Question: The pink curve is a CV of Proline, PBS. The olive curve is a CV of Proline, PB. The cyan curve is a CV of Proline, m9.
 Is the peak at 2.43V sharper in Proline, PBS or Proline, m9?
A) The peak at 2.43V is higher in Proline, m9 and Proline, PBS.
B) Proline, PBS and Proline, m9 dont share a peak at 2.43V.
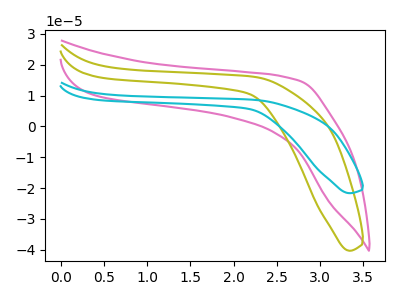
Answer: <think>The pink curve "Proline, PBS" has no peaks. The olive curve "Proline, PB" has no peaks. The cyan curve "Proline, m9" has no peaks.</think>
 <answer>B) "Proline, PBS" and "Proline, m9" dont share a peak at 2.43V.</answer>
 <eval>B</eval>